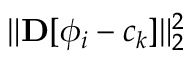
\lVert { \bf D } [ \phi _ { i } - c _ { k } ] \rVert _ { 2 } ^ { 2 }